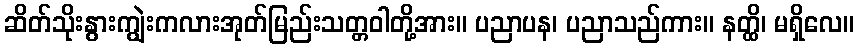
ဆိတ်သိုးနွားကျွဲးကလားအုတ်မြည်းသတ္တဝါတို့အား။ ပညာပန၊ ပညာသည်ကား။ နတ္ထိ၊ မရှိလေ။